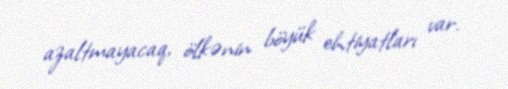
azaltmayacaq, ölkənin böyük ehtiyatları var.